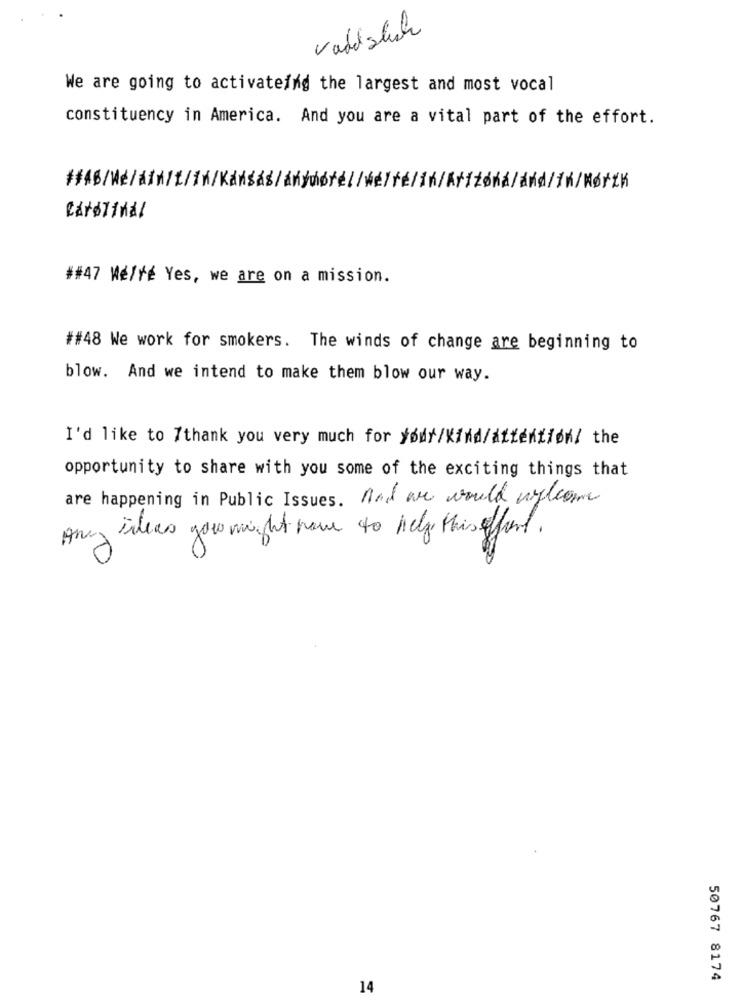
vardslich
We are going to activateing the largest and most vocal
constituency in America. And you are a vital part of the effort.
Carolinal
##47 Mé/ré Yes, we are on a mission.
##48 We work for smokers. The winds of change are beginning to
blow. And we intend to make them blow our way.
I'd like to 7thank you very much for your/Kind/attention/ the
opportunity to share with you some of the exciting things that
are happening in Public Issues. And are would welcome
Any ideas you might have to help this fort.
50767 8174
14